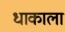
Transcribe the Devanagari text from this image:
धाकाला